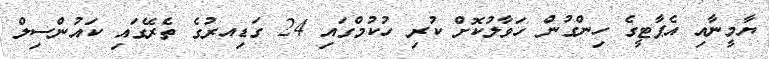
ޔާމީނާއި އެޕާޓީގެ ހިންގުން ހަވާލުކޮށް ކުރި ހުކުމްގައި 24 ގަޑިއރުގެ ތެރޭގައި ކައުންސިލް